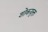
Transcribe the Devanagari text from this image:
शोकयुक्त